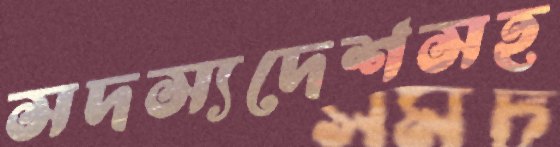
সদস্যদেশসহ